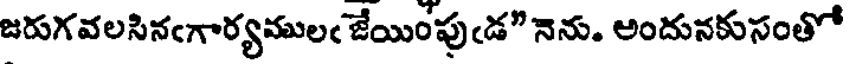
జరుగవలసినఁగార్యములఁ జేయింపుఁడ" నెను. అందునకుసంతో